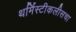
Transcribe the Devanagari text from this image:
थर्मिस्टीकलीसचा